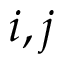
i , j